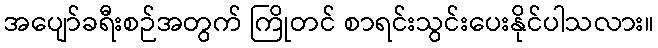
အပျော်ခရီးစဉ်အတွက် ကြိုတင် စာရင်းသွင်းပေးနိုင်ပါသလား။